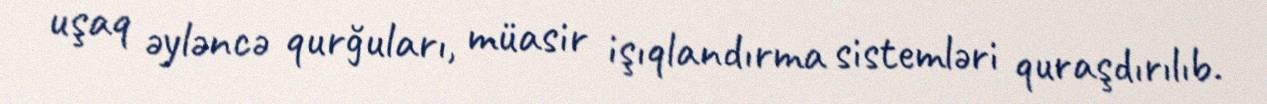
uşaq əyləncə qurğuları, müasir işıqlandırma sistemləri quraşdırılıb.